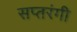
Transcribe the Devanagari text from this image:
सप्‍तरंगी